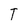
Character: T